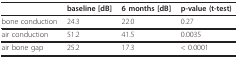
|  | baseline [dB] | 6 months [dB] | p-value (t-test) |
 | --- | --- | --- | --- |
 | bone conduction | 24.3 | 22.0 | 0.27 |
 | air conduction | 51.2 | 41.5 | 0.0035 |
 | air bone gap | 25.2 | 17.3 | < 0.0001 |